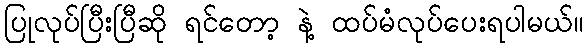
ပြုလုပ်ပြီးပြီဆို ရင်တော့ နဲ့ ထပ်မံလုပ်ပေးရပါမယ်။